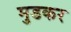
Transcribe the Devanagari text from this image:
मुडकर